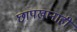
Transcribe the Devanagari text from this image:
छापखानाही